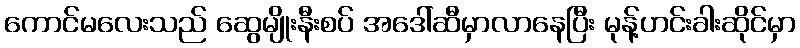
ကောင်မလေးသည် ဆွေမျိုးနီးစပ် အဒေါ်ဆီမှာလာနေပြီး မုန့်ဟင်းခါးဆိုင်မှာ